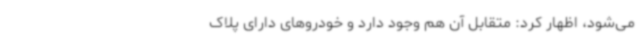
می‌شود، اظهار کرد: متقابل آن هم وجود دارد و خودروهای دارای پلاک‌